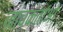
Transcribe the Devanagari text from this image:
जांचकर्ताओ